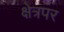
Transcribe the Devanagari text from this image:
क्षेत्रपर